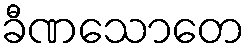
ခီဏသောတေ